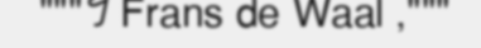
"""។ Frans de Waal ,"""